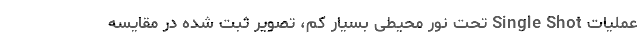
عملیات Single Shot تحت نور محیطی بسیار کم، تصویر ثبت شده در مقایسه